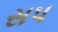
સપ